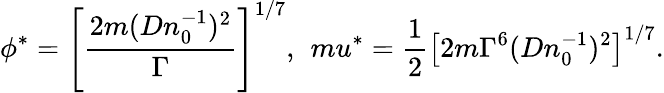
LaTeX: \phi^{*}=\left[\frac{2m(Dn_{0}^{-1})^{2}}{\Gamma}\right]^{1/7},\ \, mu^{*}=\frac{1}{2}\left[2m\Gamma^{6}(Dn_{0}^{-1})^{2}\right]^{1/7}.